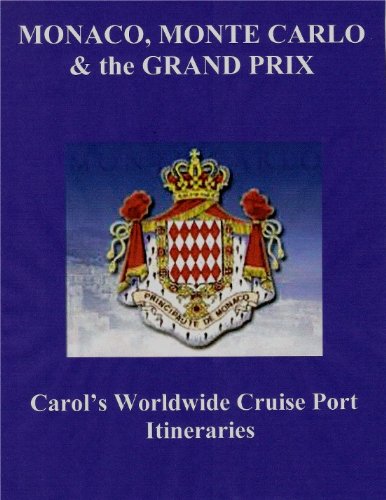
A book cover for MONTE CARLO, MONACO & The GRAND PRIX (Carol's Worldwide Cruise Port Itineraries Book 1); Carol Boyle; Travel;